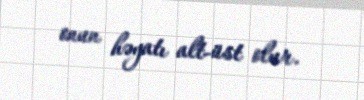
onun həyatı alt-üst olur.